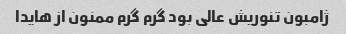
ژامبون تنوریش عالی بود گرم گرم ممنون از هایدا